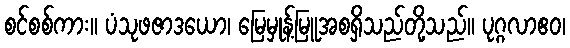
စင်စစ်ကား။ ပံသုဖဇာဒယော၊ မြေမှုန့်မြူအစရှိသည်တို့သည်။ ပုဂ္ဂလာဧဝ၊